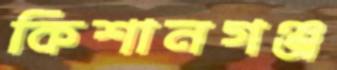
কিশানগঞ্জ